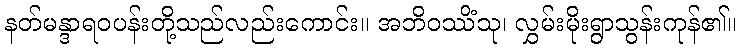
နတ်မန္ဒာရဝပန်းတို့သည်လည်းကောင်း။ အဘိဝဿိံသု၊ လွှမ်းမိုးရွာသွန်းကုန်၏။